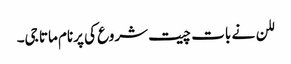
للن نے بات چیت شروع کی پرنام ماتا جی۔